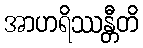
အာဟရိဿန္တီတိ